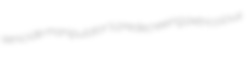
senicide manipulator's predecreeing petricolous